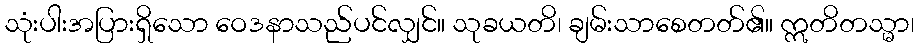
သုံးပါးအပြားရှိသော ဝေဒနာသည်ပင်လျှင်။ သုခယတိ၊ ချမ်းသာစေတတ်၏။ ဣတိတသ္မာ၊